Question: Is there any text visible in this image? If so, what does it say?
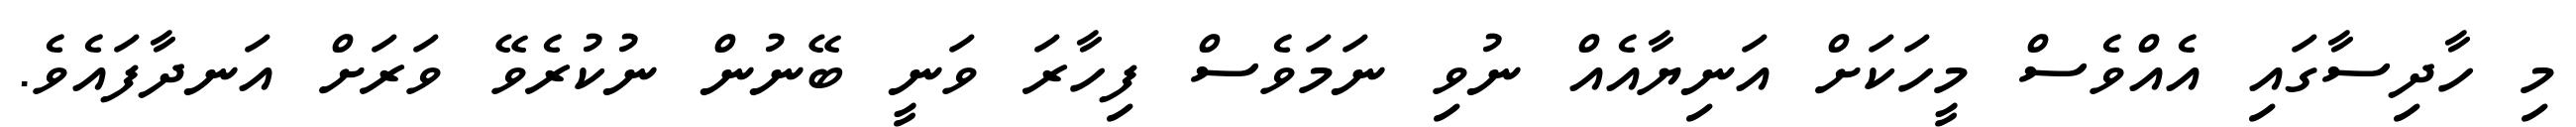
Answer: މި ހާދިސާގައި އެއްވެސް މީހަކަށް އަނިޔާއެއް ނުވި ނަމަވެސް ފިހާރަ ވަނީ ބޭނުން ނުކުރެވޭ ވަރަށް އަނދާފައެވެ.